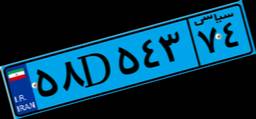
۹۴D۳۰۴۱۱